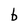
Character: b